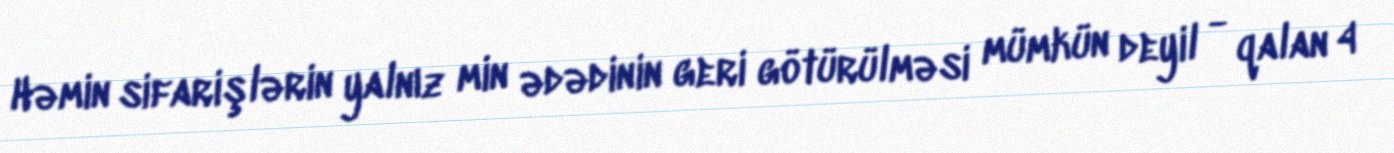
Həmin sifarişlərin yalnız min ədədinin geri götürülməsi mümkün deyil - qalan 4